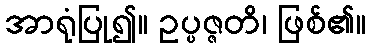
အာရုံပြု၍။ ဥပ္ပဇ္ဇတိ၊ ဖြစ်၏။